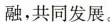
融，共同发展。